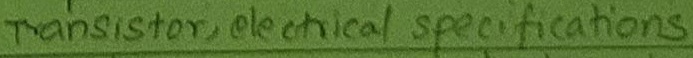
Text: Transistor, electrical specifications